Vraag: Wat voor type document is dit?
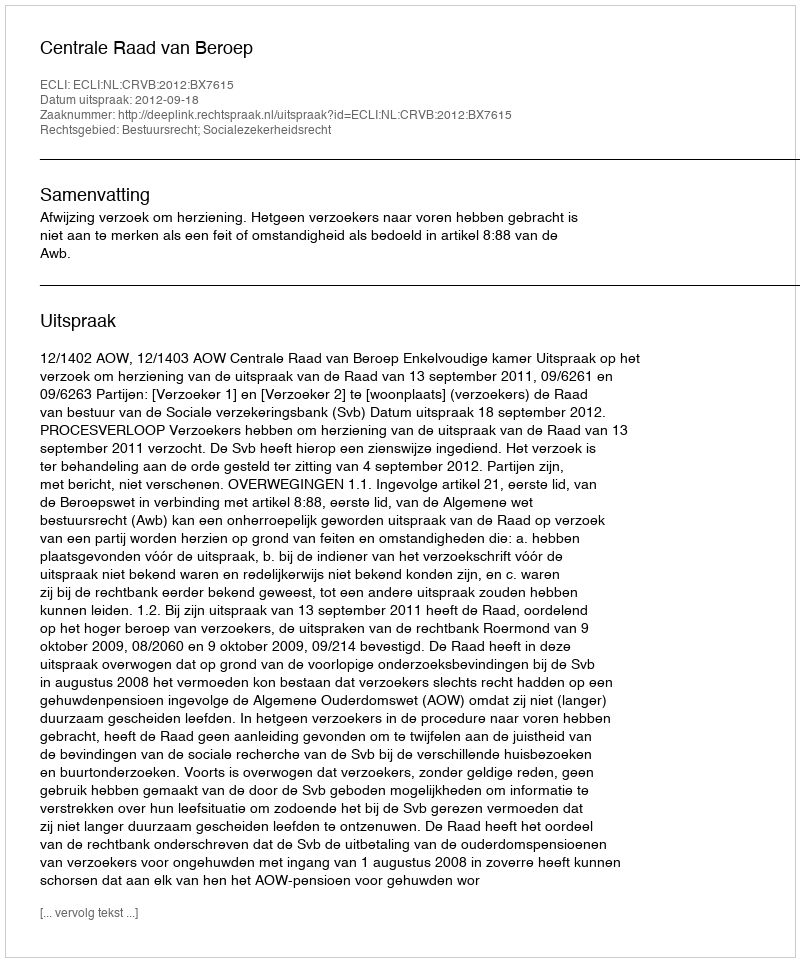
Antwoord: Uitspraak